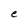
Character: e